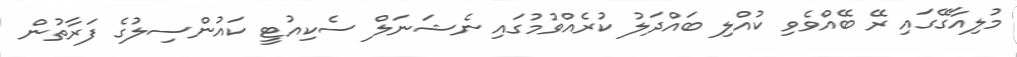
މުލިއާގޭގައި ރޭ ބޭއްވެވި ކުއްލި ބައްދަލު ކުރެއްވުމުގައި ނެޝަނަލް ސެކިއުޓީ ކައުންސިލުގެ ފަރާތުން